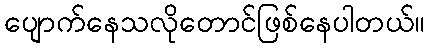
ပျောက်နေသလိုတောင်ဖြစ်နေပါတယ်။